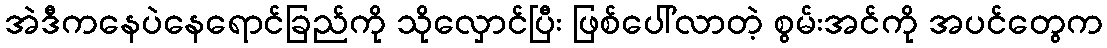
အဲဒီကနေပဲနေရောင်ခြည်ကို သိုလှောင်ပြီး ဖြစ်ပေါ်လာတဲ့ စွမ်းအင်ကို အပင်တွေက